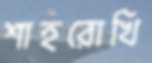
শাহরোখি